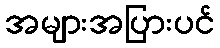
အများအပြားပင်